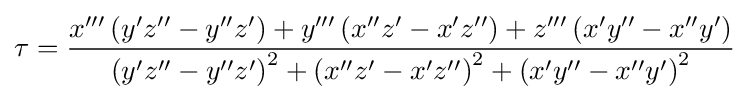
\tau ={\frac {x'''\left(y'z''-y''z'\right)+y'''\left(x''z'-x'z''\right)+z'''\left(x'y''-x''y'\right)}{\left(y'z''-y''z'\right)^{2}+\left(x''z'-x'z''\right)^{2}+\left(x'y''-x''y'\right)^{2}}}